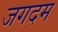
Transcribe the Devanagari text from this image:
जगदम